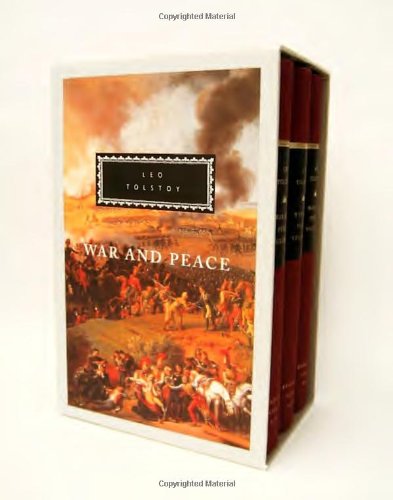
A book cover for War and Peace (3 Volume Set); Leo Tolstoy; Literature & Fiction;